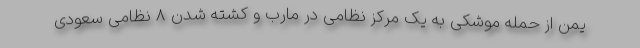
یمن از حمله موشکی به یک مرکز نظامی در مارب و کشته شدن ۸ نظامی سعودی